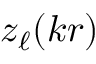
z _ { \ell } ( k r )